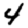
Digit: 4